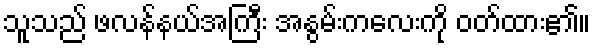
သူသည် ဖလန်နယ်အကြီး အနွမ်းကလေးကို ဝတ်ထား၏။